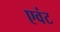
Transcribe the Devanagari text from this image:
एवंट